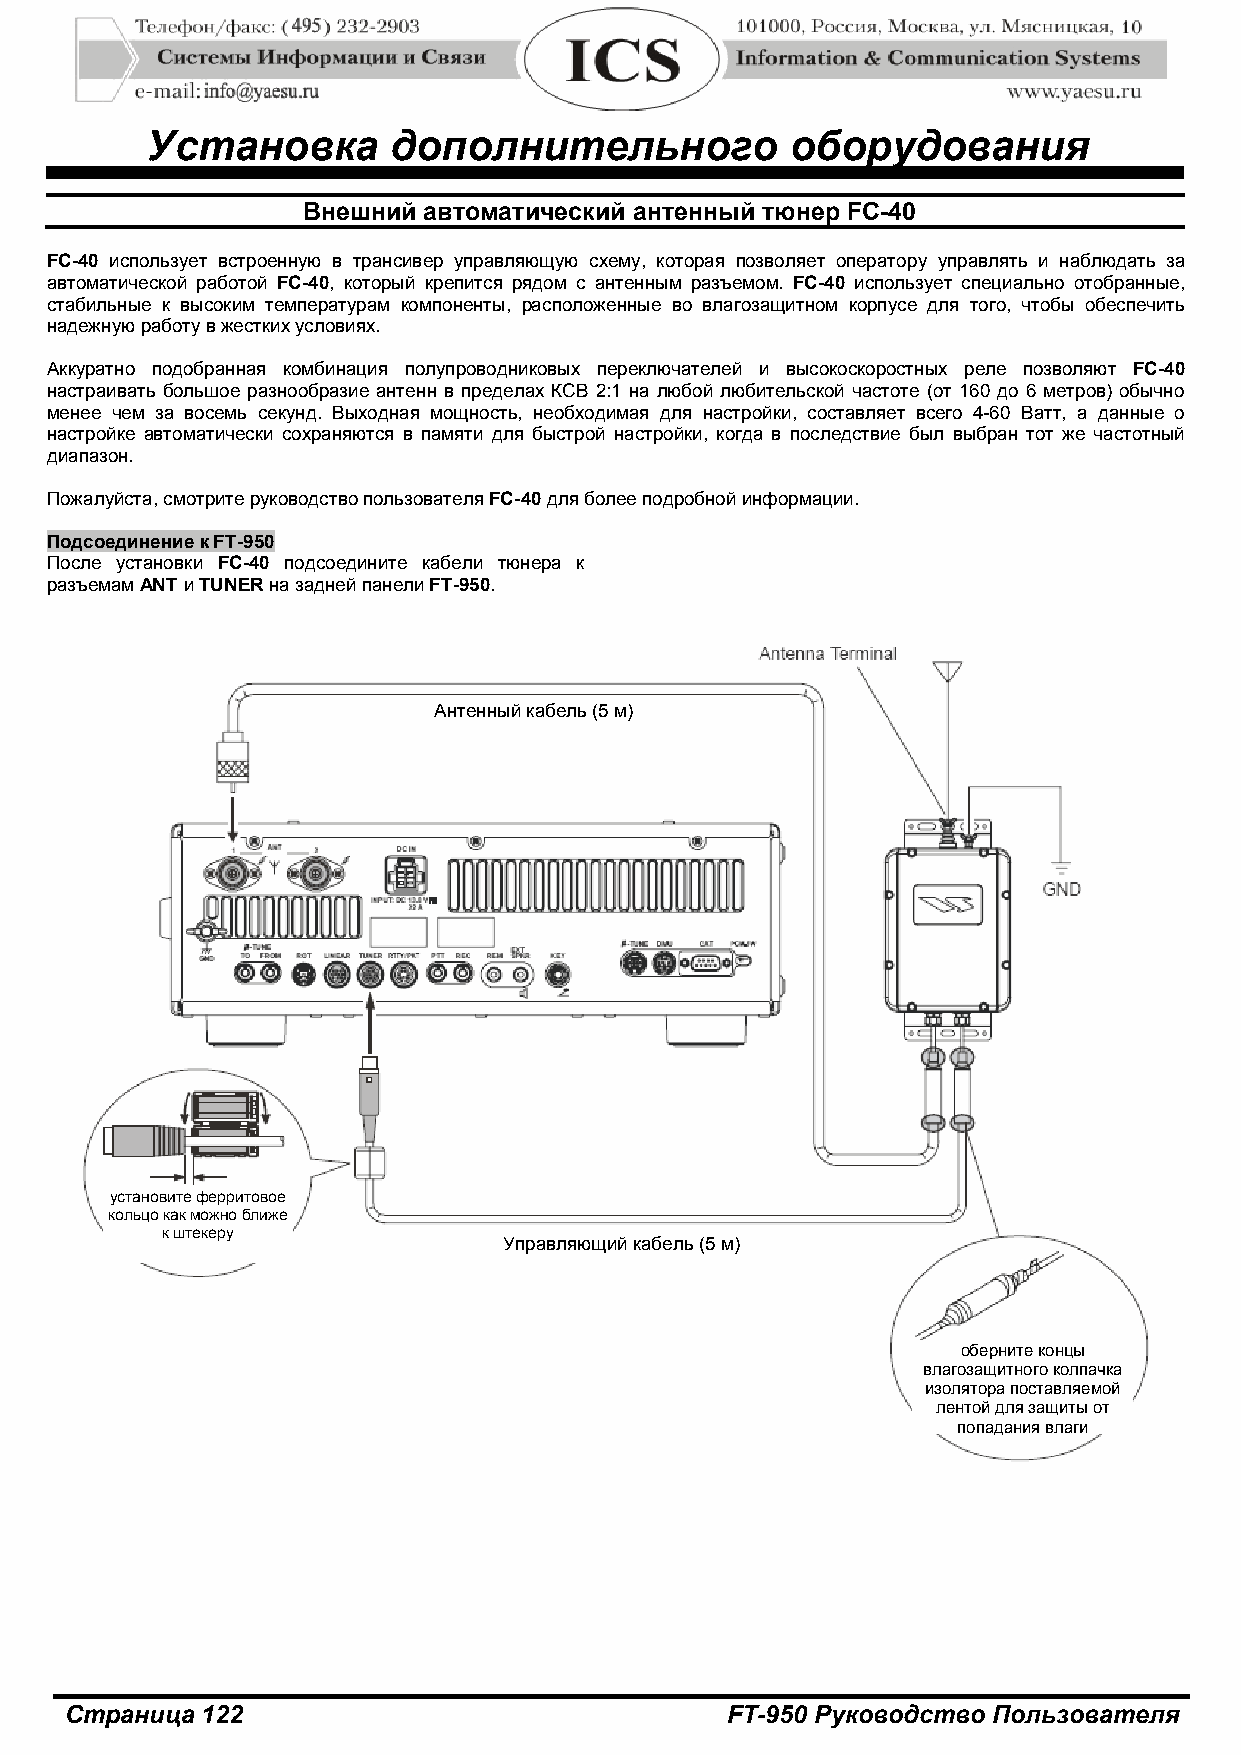
Установка       дополнительного           оборудования
 Внешний автоматический антенный тюнер FC-40
 FC-40 использует встроенную в трансивер управляющую схему, которая позволяет оператору управлять и наблюдать за
 автоматической работой FC-40, который крепится рядом с антенным разъемом. FC-40 использует специально отобранные,
 стабильные к высоким температурам компоненты, расположенные во влагозащитном корпусе для того, чтобы обеспечить
 надежную работу в жестких условиях.
 Аккуратно подобранная комбинация полупроводниковых переключателей и высокоскоростных реле позволяют FC-40
 настраивать большое разнообразие антенн в пределах КСВ 2:1 на любой любительской частоте (от 160 до 6 метров) обычно
 менее чем за восемь секунд. Выходная мощность, необходимая для настройки, составляет всего 4-60 Ватт, а данные о
 настройке автоматически сохраняются в памяти для быстрой настройки, когда в последствие был выбран тот же частотный
 диапазон.
 Пожалуйста, смотрите руководство пользователя FC-40 для более подробной информации.
 Подсоединение к FT-950
 После установки FC-40 подсоедините кабели тюнера к
 разъемам ANT и TUNER на задней панели FT-950.
 Антенный кабель (5 м)
 установите ферритовое
 кольцо как можно ближе
 к штекеру
 Управляющий кабель (5 м)
 оберните концы
 влагозащитного колпачка
 изолятора поставляемой
 лентой для защиты от
 попадания влаги
 Страница 122                                FT-950 Руководство Пользователя